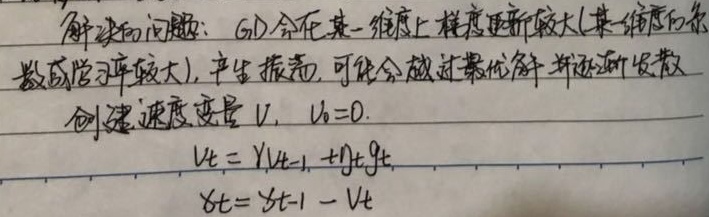
解决的问题：GD 会在某一维度上梯度更新较大(某一维度的系数或学习率较大)，产生振荡，可能会越过最优解并逐渐发散。
创建速度变量 \(V\)，\(V_0 = 0\)
\(V_t=\gamma V_{t - 1}+\eta_t g_t\)
\(x_t=x_{t - 1}-V_t\)